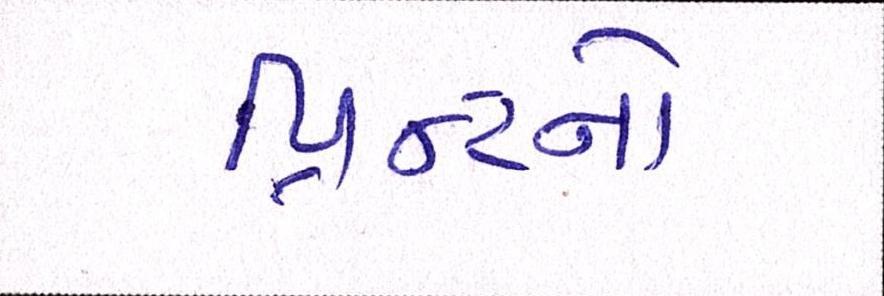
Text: પ્રિન્ટનો